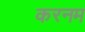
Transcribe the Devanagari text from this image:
करनम